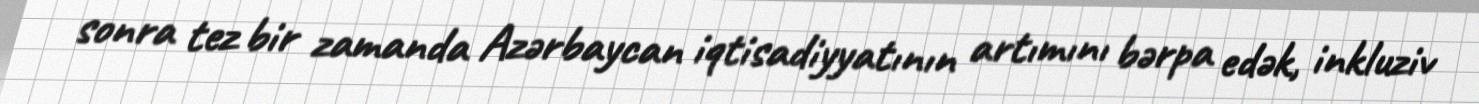
sonra tez bir zamanda Azərbaycan iqtisadiyyatının artımını bərpa edək, inkluziv